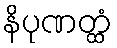
နိပုဏတ္ထံ